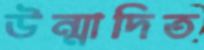
উন্মাদিত